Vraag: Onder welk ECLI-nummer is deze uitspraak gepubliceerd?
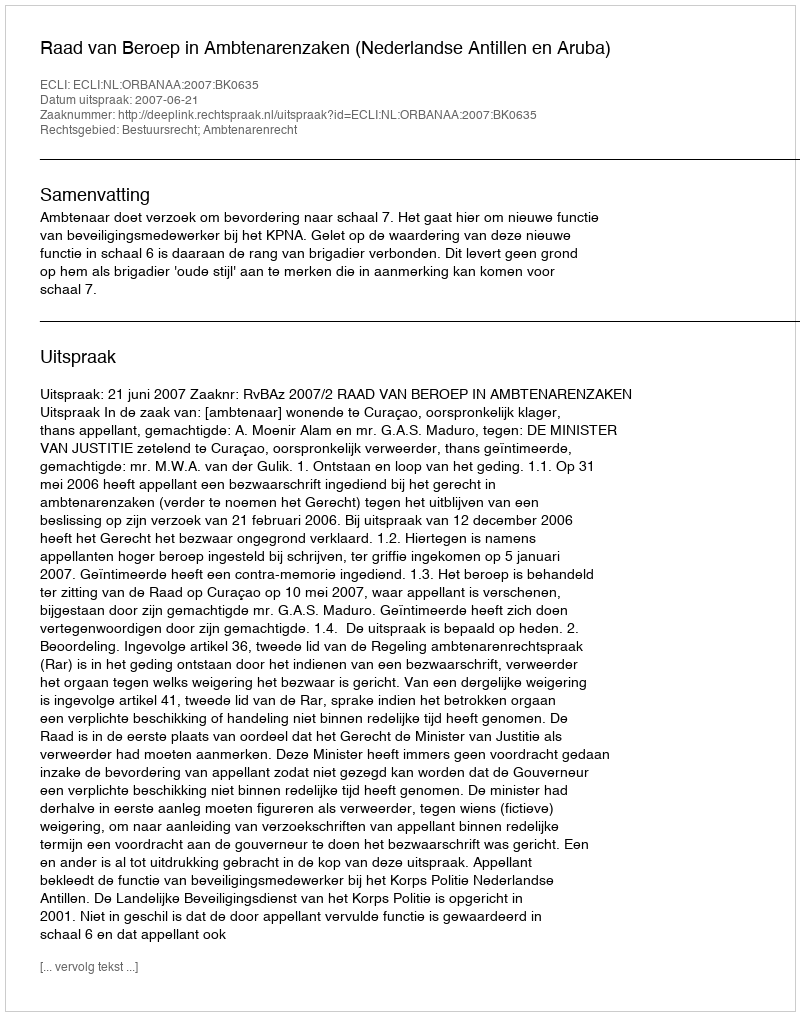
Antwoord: ECLI:NL:ORBANAA:2007:BK0635